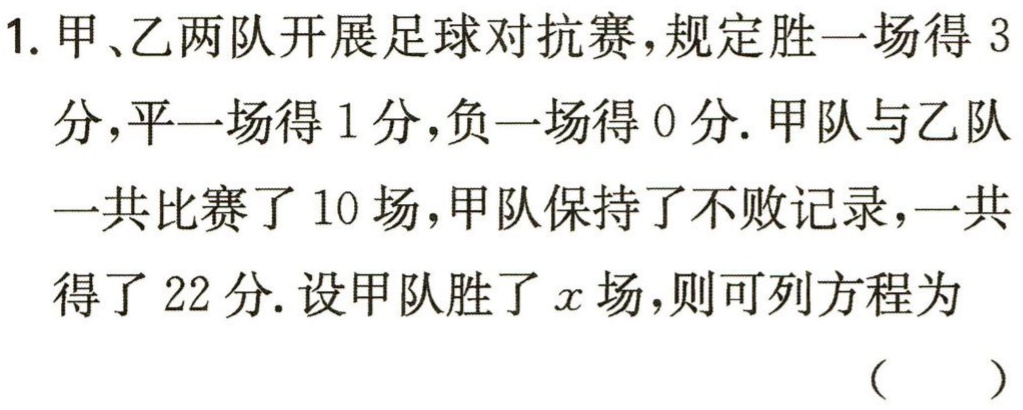
1. 甲、乙两队开展足球对抗赛，规定胜一场得 3分，平一场得 1 分，负一场得 0 分. 甲队与乙队一共比赛了 10 场，甲队保持了不败记录，一共得了 22 分. 设甲队胜了\(x\)场，则可列方程为（  ）